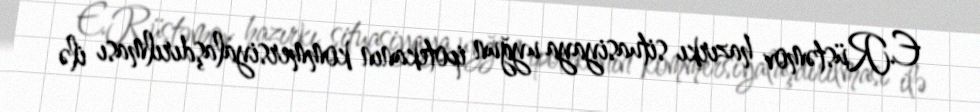
E.Rüstəmov hazırkı situasiyaya uyğun ipotekanın kommersiyalaşdırılması ilə